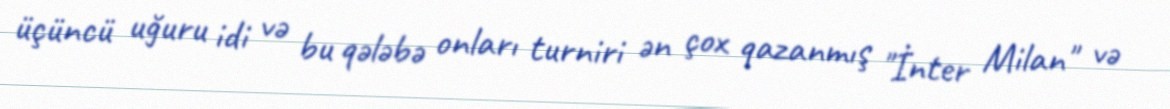
üçüncü uğuru idi və bu qələbə onları turniri ən çox qazanmış "İnter Milan" və